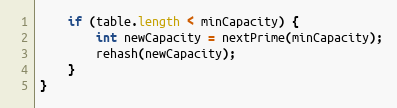
Language: Java
	if (table.length < minCapacity) {
		int newCapacity = nextPrime(minCapacity);
		rehash(newCapacity);
	}
}